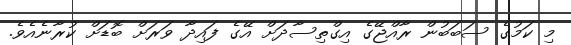
މި ކަމުގެ ސަބަބުން ރާއްޖޭގެ އިގްތިސާދަށް އޭގެ ފައިދާ ވަރަށް ބޮޑަށް ކުރާނެއެވެ.